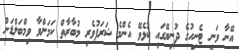
އޭނާ ވަނީ ޓެނިހުގެ ދުނިޔޭގައި ކުޅެވޭ އެންމެ ޝަރަފުވެރި މުބާރާތް ކަމަށްވާ ވިމްބަލްޑަން